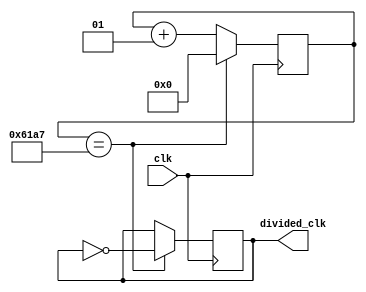
module clock_divider(
	input wire clk,								// 50 MHz
	output reg divided_clk = 0
);
localparam div_value = 24999;
//	division_value = 50 MHz / (2 * desired Frequency) - 1
// counter
integer counter_value = 0; 					// 32 bit wide reg bus

always@ (posedge clk)							// rising edge 0-1
begin
	// keep counting until div value
	if (counter_value == div_value)
		counter_value <= 0;						// reset value
	else
		counter_value <= counter_value + 1; // count up
end

// divide clock
always@ (posedge clk)
begin
	if(counter_value == div_value)
		divided_clk <= ~divided_clk;			// flip the signal
	else
		divided_clk <= divided_clk;			// store value
end

endmodule